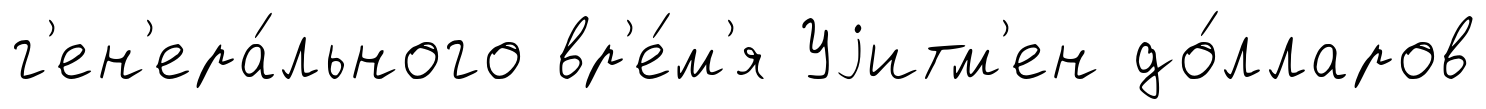
г'ен'ера́льного вр'е́м'я Уjитм'ен до́лларов